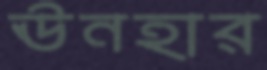
ঊনহার